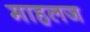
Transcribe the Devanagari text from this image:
माहलज